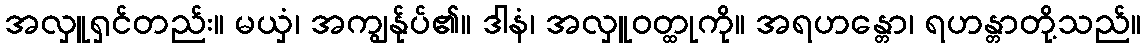
အလှူရှင်တည်း။ မယှံ၊ အကျွန်ုပ်၏။ ဒါနံ၊ အလှူဝတ္ထုကို။ အရဟန္တော၊ ရဟန္တာတို့သည်။